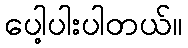
ပေါ့ပါးပါတယ်။